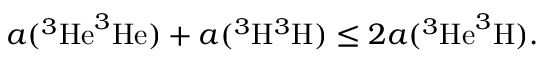
a ( ^ { 3 } \mathrm { H e } ^ { 3 } \mathrm { H e } ) + a ( ^ { 3 } \mathrm { H } ^ { 3 } \mathrm { H } ) \leq 2 a ( ^ { 3 } \mathrm { H e } ^ { 3 } \mathrm { H } ) .